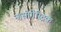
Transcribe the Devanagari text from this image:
नासोगैस्ट्रिक